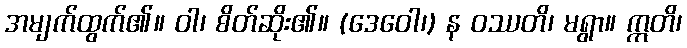
အမျက်ထွက်၏။ ဝါ၊ စိတ်ဆိုး၏။ (ဒေဝေါ၊) န ဝဿတိ၊ မရွာ။ ဣတိ၊